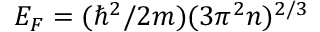
E _ { F } = ( \hbar ^ { 2 } / 2 m ) ( 3 \pi ^ { 2 } n ) ^ { 2 / 3 }